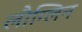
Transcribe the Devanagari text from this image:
लौग्लिन